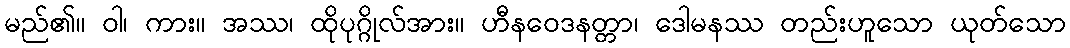
မည်၏။ ဝါ၊ ကား။ အဿ၊ ထိုပုဂ္ဂိုလ်အား။ ဟီနဝေဒနတ္တာ၊ ဒေါမနဿ တည်းဟူသော ယုတ်သော